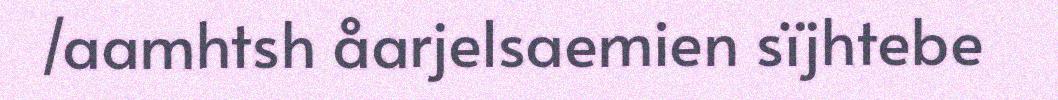
/aamhtsh åarjelsaemien sïjhtebe